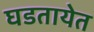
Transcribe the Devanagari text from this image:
घडतायेत